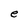
Character: e